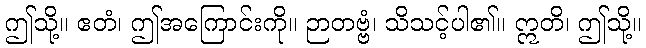
ဤသို့။ ဧတံ၊ ဤအကြောင်းကို။ ဉာတဗ္ဗံ၊ သိသင့်ပါ၏။ ဣတိ၊ ဤသို့။